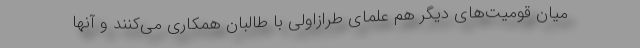
میان قومیت‌های دیگر هم علمای طرازاولی با طالبان همکاری می‌کنند و آنها